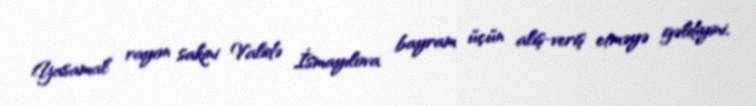
Yasamal rayon sakini Validə İsmayılova bayram üçün alış-veriş etməyə gəldiyini,